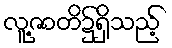
လူ့ဇာတိ၌ရှိသည့်